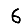
Digit: 6